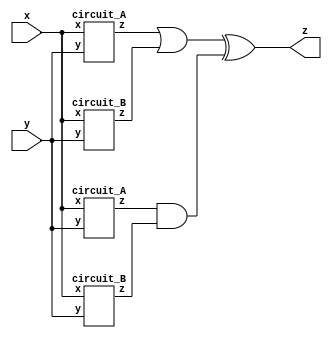
module top_module (input x, input y, output z);

wire z1, z2, z3, z4;

circuit_A IA1 (.x(x), .y(y), .z(z1));
circuit_B IB1 (.x(x), .y(y), .z(z2));

circuit_A IA2 (.x(x), .y(y), .z(z3));
circuit_B IB2 (.x(x), .y(y), .z(z4));

assign z = (z1 | z2) ^ (z3 & z4);

endmodule

module circuit_A (input x, input y, output z);

assign z = (x ^ y) & x;

endmodule


module circuit_B (input x, input y, output z);

assign z = ~(x ^ y);

endmodule